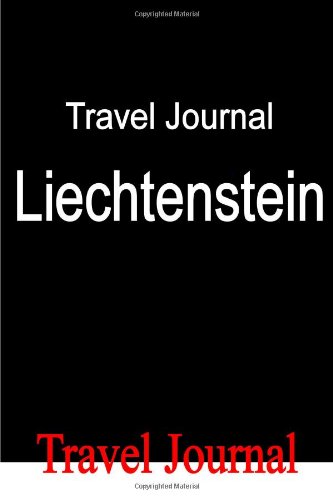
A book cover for Travel Journal Liechtenstein; E Locken; Travel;